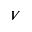
V